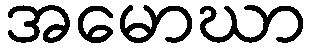
အမောဃာ